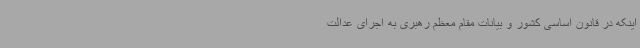
اینکه در قانون اساسی کشور و بیانات مقام معظم رهبری به اجرای عدالت